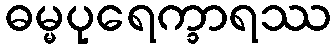
ဓမ္မပုရေက္ခာရဿ